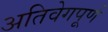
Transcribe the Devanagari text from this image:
अतिवेगपूर्ण